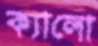
ক্যালো